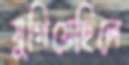
যুগিয়েছিলে